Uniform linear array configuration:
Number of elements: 8
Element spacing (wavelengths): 0.75
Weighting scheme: blackman
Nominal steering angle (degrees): -60
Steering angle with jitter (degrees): -60.764
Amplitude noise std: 0.05
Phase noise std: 0.05

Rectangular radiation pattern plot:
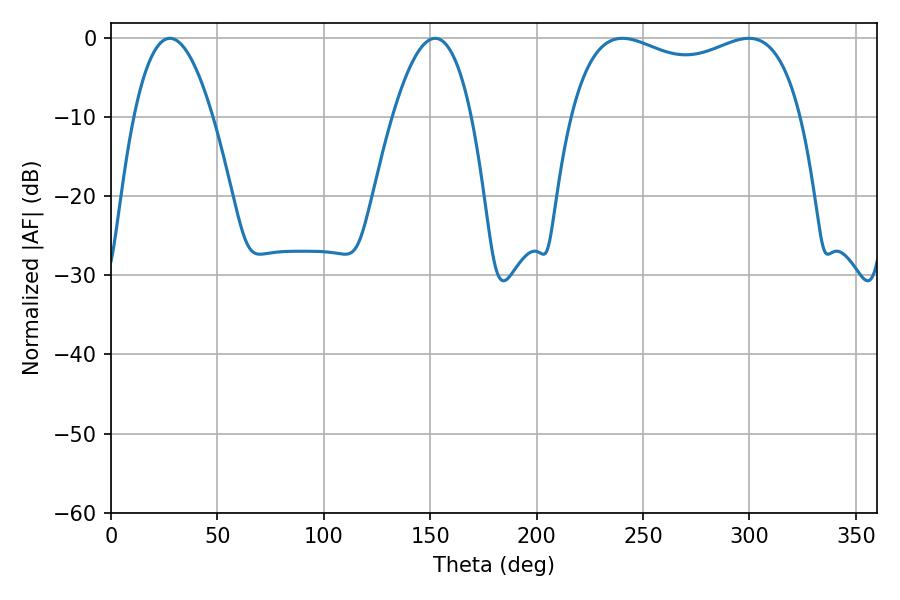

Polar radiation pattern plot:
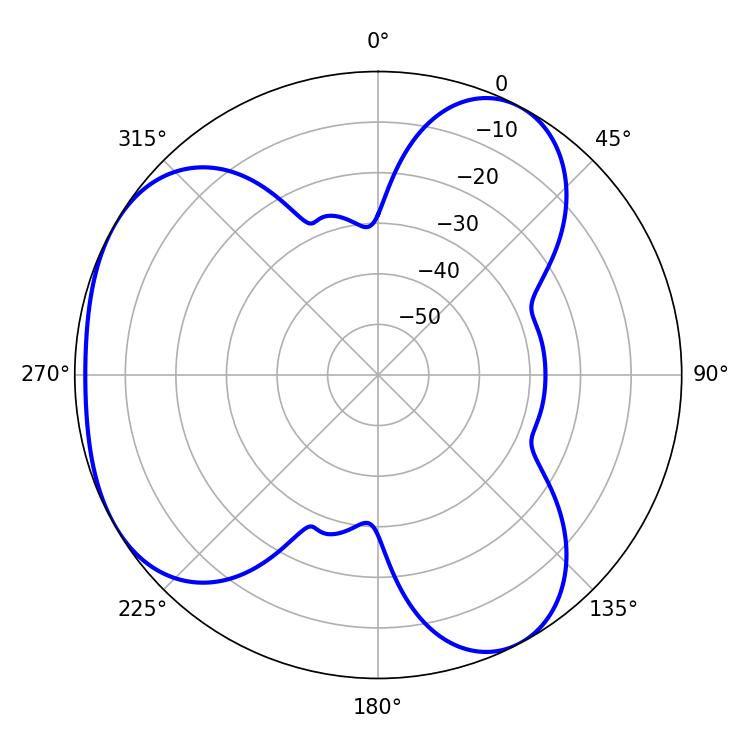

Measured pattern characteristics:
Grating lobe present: TRUE
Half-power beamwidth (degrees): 88.92
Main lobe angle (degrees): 240.3